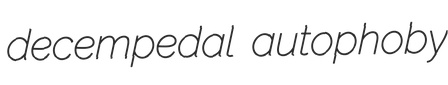
decempedal autophoby